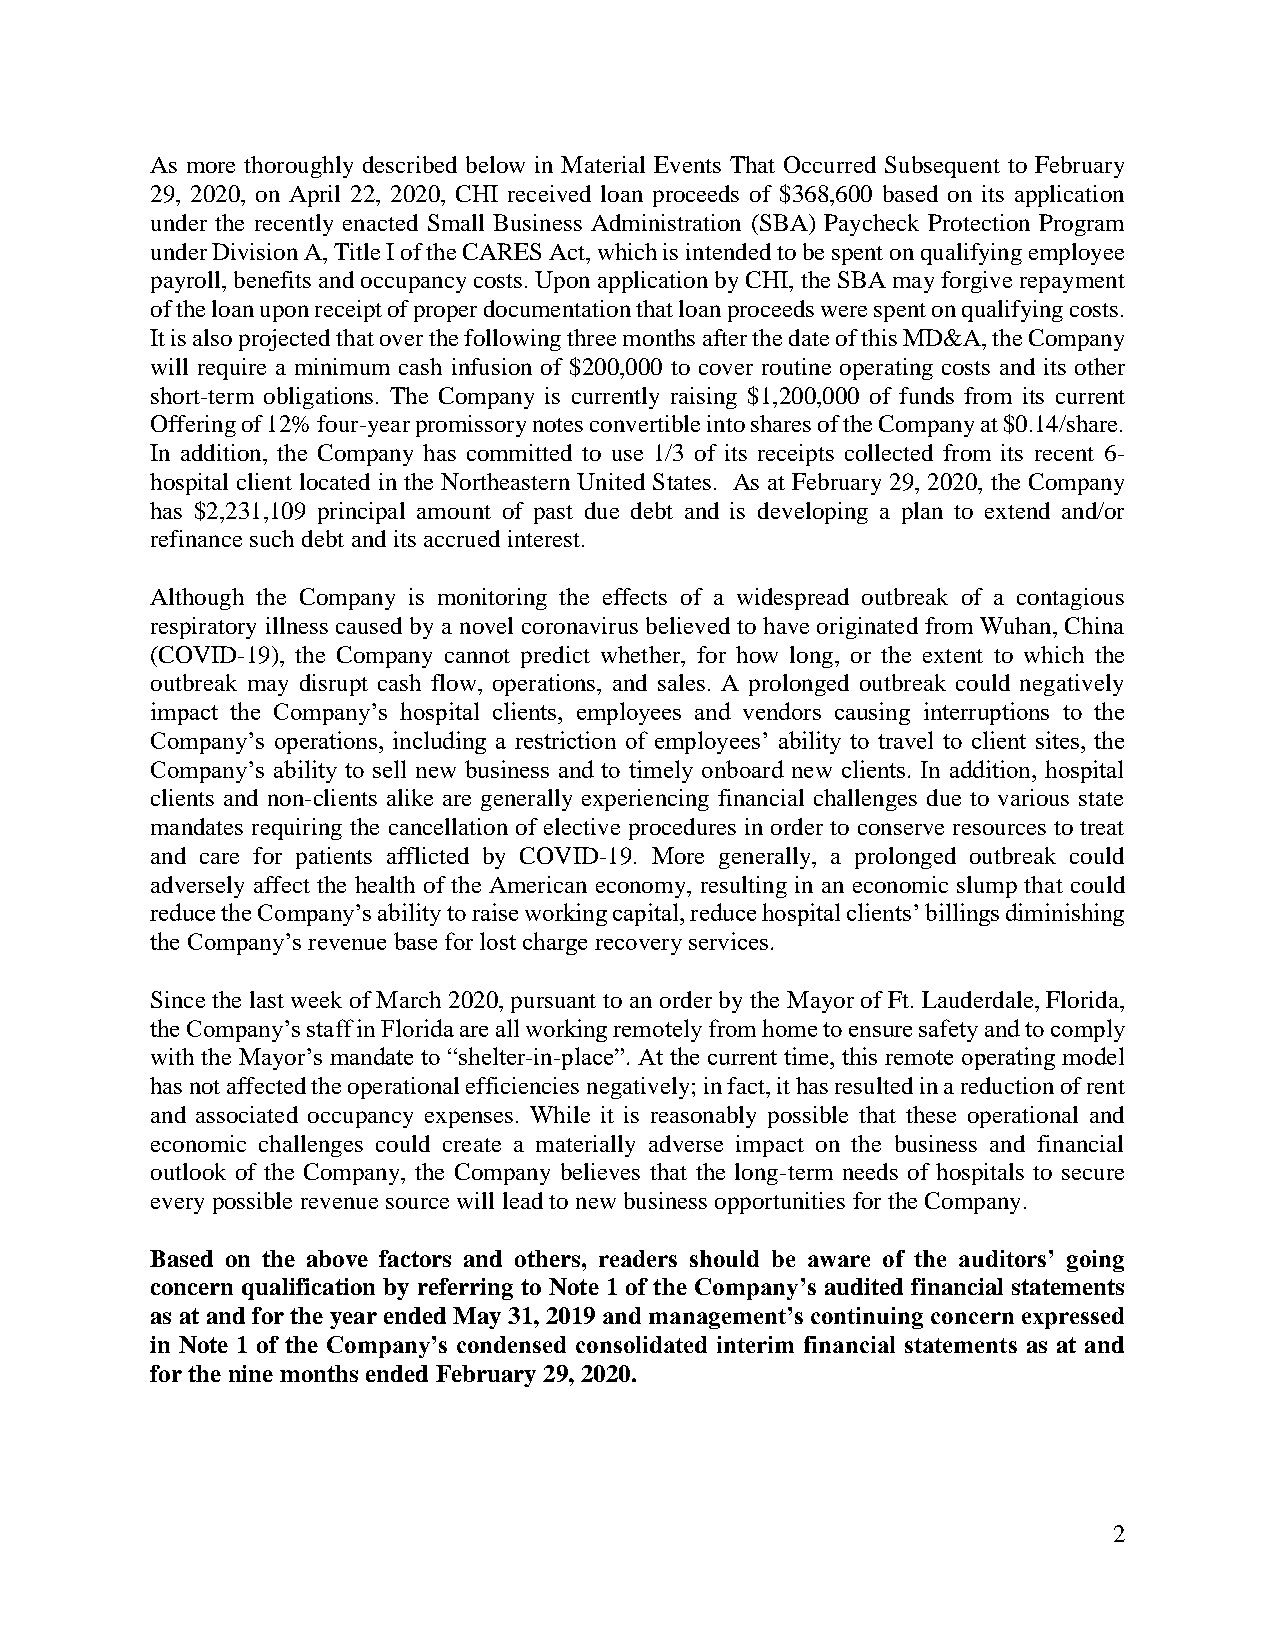
As more thoroughly described below in Material Events That Occurred Subsequent to February
 29, 2020, on April 22, 2020, CHI received loan proceeds of $368,600 based on its application
 under the recently enacted Small Business Administration (SBA) Paycheck Protection Program
 under Division A, Title I of the CARES Act, which is intended to be spent on qualifying employee
 payroll, benefits and occupancy costs. Upon application by CHI, the SBA may forgive repayment
 of the loan upon receipt of proper documentation that loan proceeds were spent on qualifying costs.
 It is also projected that over the following three months after the date of this MD&A, the Company
 will require a minimum cash infusion of $200,000 to cover routine operating costs and its other
 short-term obligations. The Company is currently raising $1,200,000 of funds from its current
 Offering of 12% four-year promissory notes convertible into shares of the Company at $0.14/share.
 In addition, the Company has committed to use 1/3 of its receipts collected from its recent 6-
 hospital client located in the Northeastern United States. As at February 29, 2020, the Company
 has $2,231,109 principal amount of past due debt and is developing a plan to extend and/or
 refinance such debt and its accrued interest.
 Although the Company is monitoring the effects of a widespread outbreak of a contagious
 respiratory illness caused by a novel coronavirus believed to have originated from Wuhan, China
 (COVID-19), the Company cannot predict whether, for how long, or the extent to which the
 outbreak may disrupt cash flow, operations, and sales. A prolonged outbreak could negatively
 impact the Company’s hospital clients, employees and vendors causing interruptions to the
 Company’s operations, including a restriction of employees’ ability to travel to client sites, the
 Company’s ability to sell new business and to timely onboard new clients. In addition, hospital
 clients and non-clients alike are generally experiencing financial challenges due to various state
 mandates requiring the cancellation of elective procedures in order to conserve resources to treat
 and care for patients afflicted by COVID-19. More generally, a prolonged outbreak could
 adversely affect the health of the American economy, resulting in an economic slump that could
 reduce the Company’s ability to raise working capital, reduce hospital clients’ billings diminishing
 the Company’s revenue base for lost charge recovery services.
 Since the last week of March 2020, pursuant to an order by the Mayor of Ft. Lauderdale, Florida,
 the Company’s staff in Florida are all working remotely from home to ensure safety and to comply
 with the Mayor’s mandate to “shelter-in-place”. At the current time, this remote operating model
 has not affected the operational efficiencies negatively; in fact, it has resulted in a reduction of rent
 and associated occupancy expenses. While it is reasonably possible that these operational and
 economic challenges could create a materially adverse impact on the business and financial
 outlook of the Company, the Company believes that the long-term needs of hospitals to secure
 every possible revenue source will lead to new business opportunities for the Company.
 Based on the above factors and others, readers should be aware of the auditors’ going
 concern qualification by referring to Note 1 of the Company’s audited financial statements
 as at and for the year ended May 31, 2019 and management’s continuing concern expressed
 in Note 1 of the Company’s condensed consolidated interim financial statements as at and
 for the nine months ended February 29, 2020.
 2